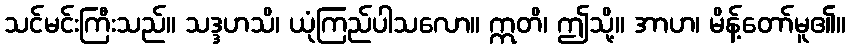
သင်မင်းကြီးသည်။ သဒ္ဒဟသိ၊ ယုံကြည်ပါသလော။ ဣတိ၊ ဤသို့။ အာဟ၊ မိန့်တော်မူ၏။